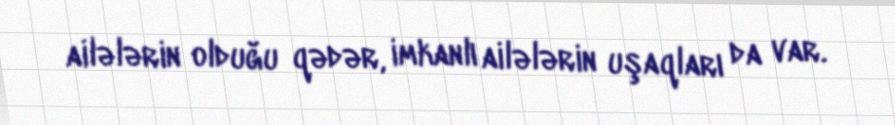
ailələrin olduğu qədər, imkanlı ailələrin uşaqları da var.